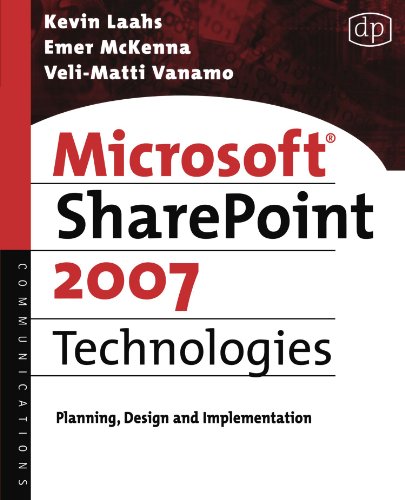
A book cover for Microsoft SharePoint 2007 Technologies: Planning, Design and Implementation; Kevin Laahs; Computers & Technology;